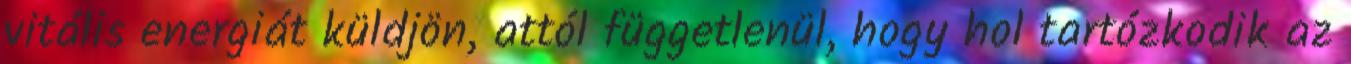
vitális energiát küldjön, attól függetlenül, hogy hol tartózkodik az